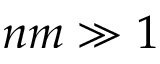
n m \gg 1